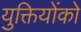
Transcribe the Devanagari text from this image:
युक्तियोंको